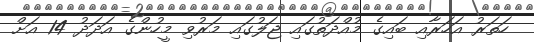
ހަތަރު އަހަރާއި ބައިގެ މުއްދަތުގައި ޖަލުގައި މަރުވި މީހުންގެ އަދަދު 14 އަށް